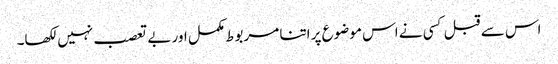
اس سے قبل کسی نے اس موضوع پر اتنا مربوط مکمل اور بے تعصب نہیں لکھا۔